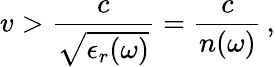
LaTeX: v>\frac{c}{\sqrt{\epsilon_{r}(\omega)}}=\frac{c}{n(\omega)}\, ,